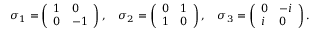
\sigma _ { 1 } = \left( \begin{array} { l l } { { 1 } } & { { 0 } } \\ { { 0 } } & { { - 1 } } \end{array} \right) , \quad \sigma _ { 2 } = \left( \begin{array} { l l } { { 0 } } & { { 1 } } \\ { { 1 } } & { { 0 } } \end{array} \right) , \quad \sigma _ { 3 } = \left( \begin{array} { l l } { { 0 } } & { { - i } } \\ { { i } } & { { 0 } } \end{array} \right) .